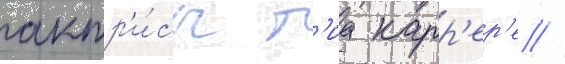
актр'и́сы т'иа карр'ер'е //